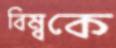
বিম্বকে